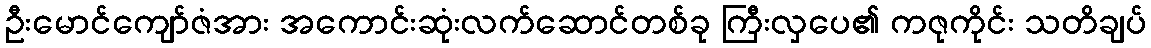
ဦးမောင်ကျော်ဇံအား အကောင်းဆုံးလက်ဆောင်တစ်ခု ကြီးလှပေ၏ ကဇုကိုင်း သတိချပ်